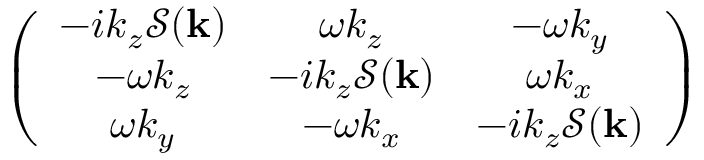
\left( \begin{array} { c c c } { - i k _ { z } \mathcal { S } ( \mathbf { k } ) } & { \omega k _ { z } } & { - \omega k _ { y } } \\ { - \omega k _ { z } } & { - i k _ { z } \mathcal { S } ( \mathbf { k } ) } & { \omega k _ { x } } \\ { \omega k _ { y } } & { - \omega k _ { x } } & { - i k _ { z } \mathcal { S } ( \mathbf { k } ) } \end{array} \right)